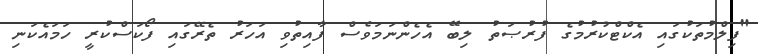
"ފިލްމުތަކުގައި އެކްޓްކުރުމުގެ ފުރުޞަތު ލިބޭ އެހެންނަމަވެސް ފާއިތުވި އަހަރު ތެރޭގައި ފޯކަސްކުރީ ހަމައެކަނި